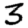
Digit: 3